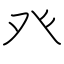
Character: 癶